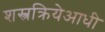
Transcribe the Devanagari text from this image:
शस्त्रक्रियेआधी